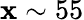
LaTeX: \mathbf{x}\sim55